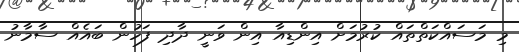
މި މަސައްކަތްތައް ކުރުމަށް އިންޑިއާ އިން ވަނީ ދާދި ފަހުން ބައެއް ސާމާނު